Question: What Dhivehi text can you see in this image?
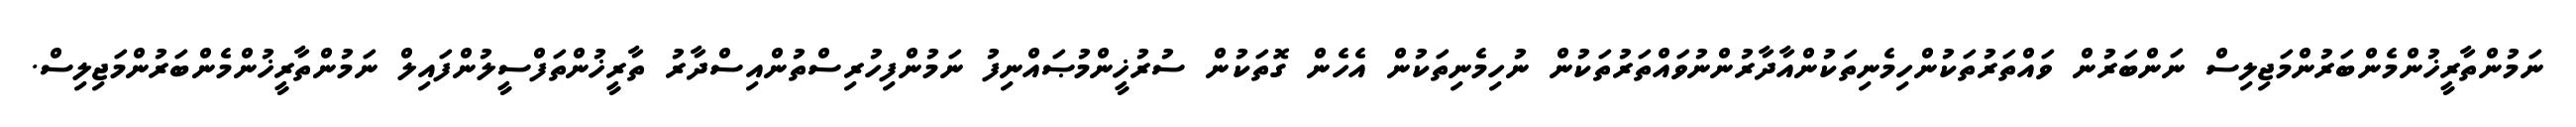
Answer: ނަމުންތާރީޚުންމެންބަރުންމަޖިލިސް ނަންބަރުން ވައްތަރުތަކުންހިމެނިތަކުންއާދާރުންނުވައްތަރުތަކުން ނުހިމެނިތަކުން އެހެން ގޮތަކުން ސުރުޚީންމުޞައްނިފު ނަމުންފިހުރިސްތުންއިސްދާރު ތާރީޚުންތަފްސީލުންފައިލް ނަމުންތާރީޚުންމެންބަރުންމަޖިލިސް.